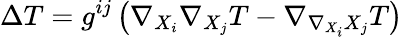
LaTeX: \Delta T=g^{ij}\left(\nabla_{X_{i}}\nabla_{X_{j}}T-\nabla_{\nabla_{X_{i}}X_{j}}T\right)